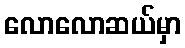
လောလောဆယ်မှာ